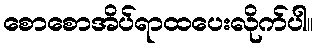
စောစောအိပ်ရာထပေးလိုက်ပါ။